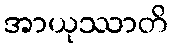
အာယုဿာတိ